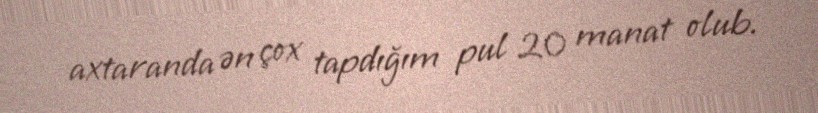
axtaranda ən çox tapdığım pul 20 manat olub.